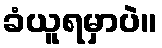
ခံယူရမှာပဲ။